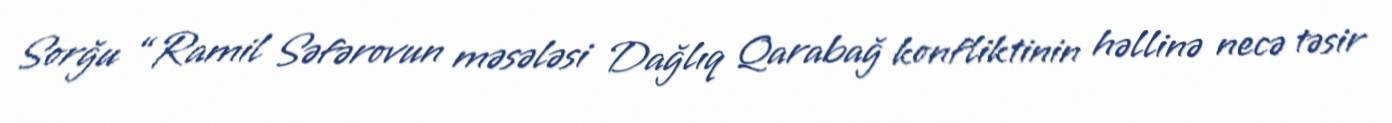
Sorğu “Ramil Səfərovun məsələsi Dağlıq Qarabağ konfliktinin həllinə necə təsir